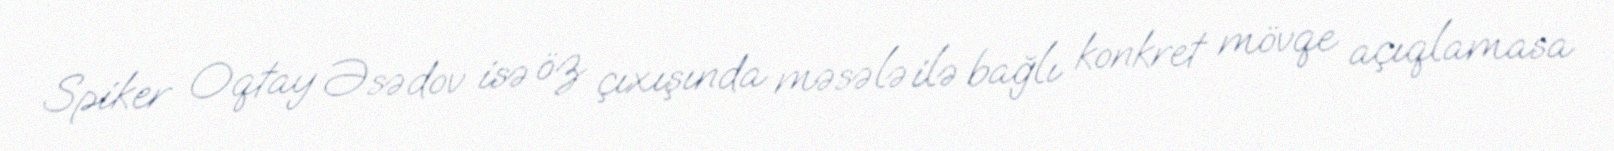
Spiker Oqtay Əsədov isə öz çıxışında məsələ ilə bağlı konkret mövqe açıqlamasa